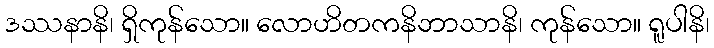
ဒဿနာနိ၊ ရှိကုန်သော။ လောဟိတကနိဘာသာနိ၊ ကုန်သော။ ရူပါနိ၊